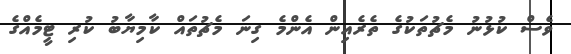
ވެސް ކުޅުނު މެޗުތަކުގެ ތެރެއިން އެންމެ ގިނަ މެޗުތައް ކާމިޔާބު ކުރި ޓީމެއްގެ